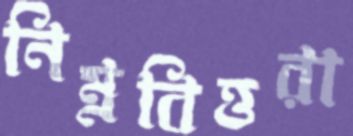
নিম্নবিত্তরা